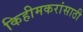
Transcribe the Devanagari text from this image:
किहीमकरांसाठी